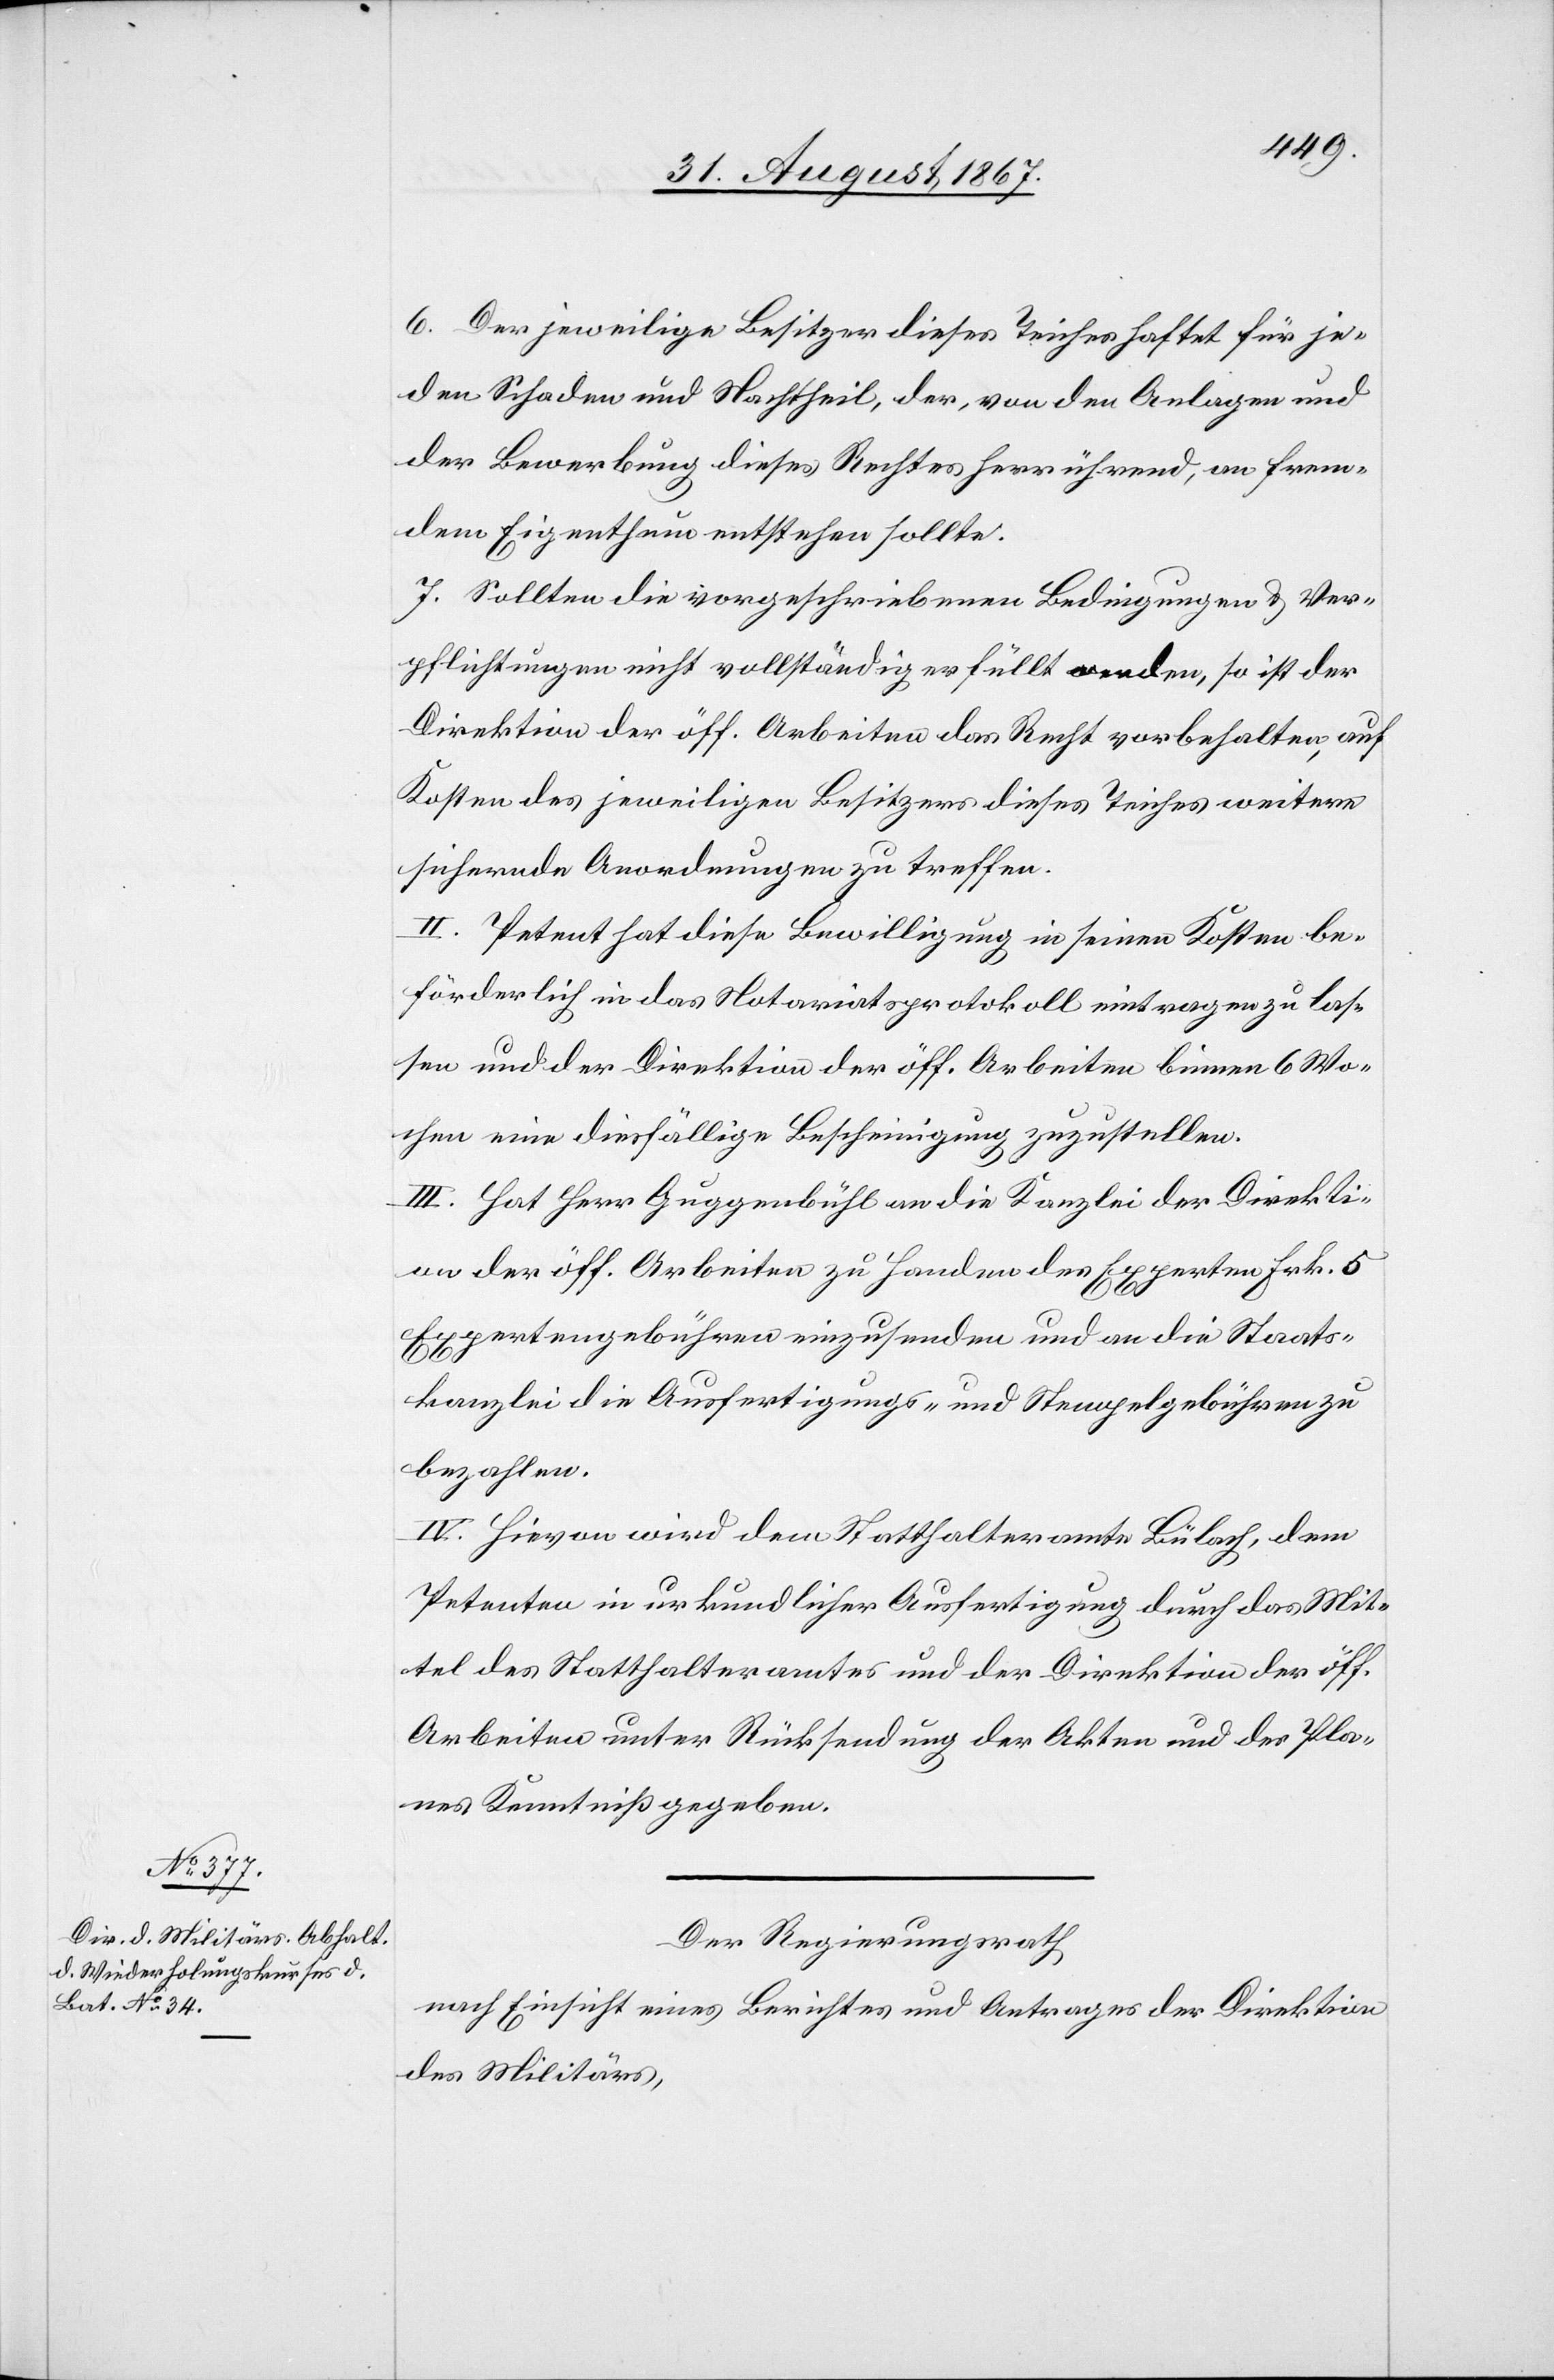
6. Der jeweilige Besitzer dieses Teiches haftet für je¬
den Schaden und Nachtheil, der, von den Anlagen und
der Bewerbung dieses Rechtes herrührend, an frem¬
dem Eigenthum entstehen sollte.
7. Sollten die vorgeschriebenen Bedingungen u. Ver¬
pflichtungen nicht vollständig erfüllt werden, so ist der
Direktion der öff. Arbeiten das Recht vorbehalten, auf
Kosten des jeweiligen Besitzers dieses Teiches weitere
sichernde Anordnungen zu treffen.
II. Petent hat diese Bewilligung in seinen Kosten be¬
förderlich in das Notariatsprotokoll eintragen zu las¬
sen und der Direktion der öff. Arbeiten binnen 6 Wo¬
chen eine diesfällige Bescheinigung zuzustellen.
III. Hat Herr Guggenbühl an die Kanzlei der Direkti¬
on der öff. Arbeiten zu Handen des Experten Frk. 5
Expertengebühren einzusenden und an die Staats¬
kanzlei die Ausfertigungs- und Stempelgebühren zu
bezahlen.
IV. Hievon wird dem Statthalteramte Bülach, dem
Petenten in urkundlicher Ausfertigung durch das Mit¬
tel des Statthalteramtes und der Direktion der öff.
Arbeiten unter Rücksendung der Akten und des Pla¬
nes Kenntniß gegeben.
Der Regierungsrath,
nach Einsicht eines Berichtes und Antrages der Direktion
des Militärs,